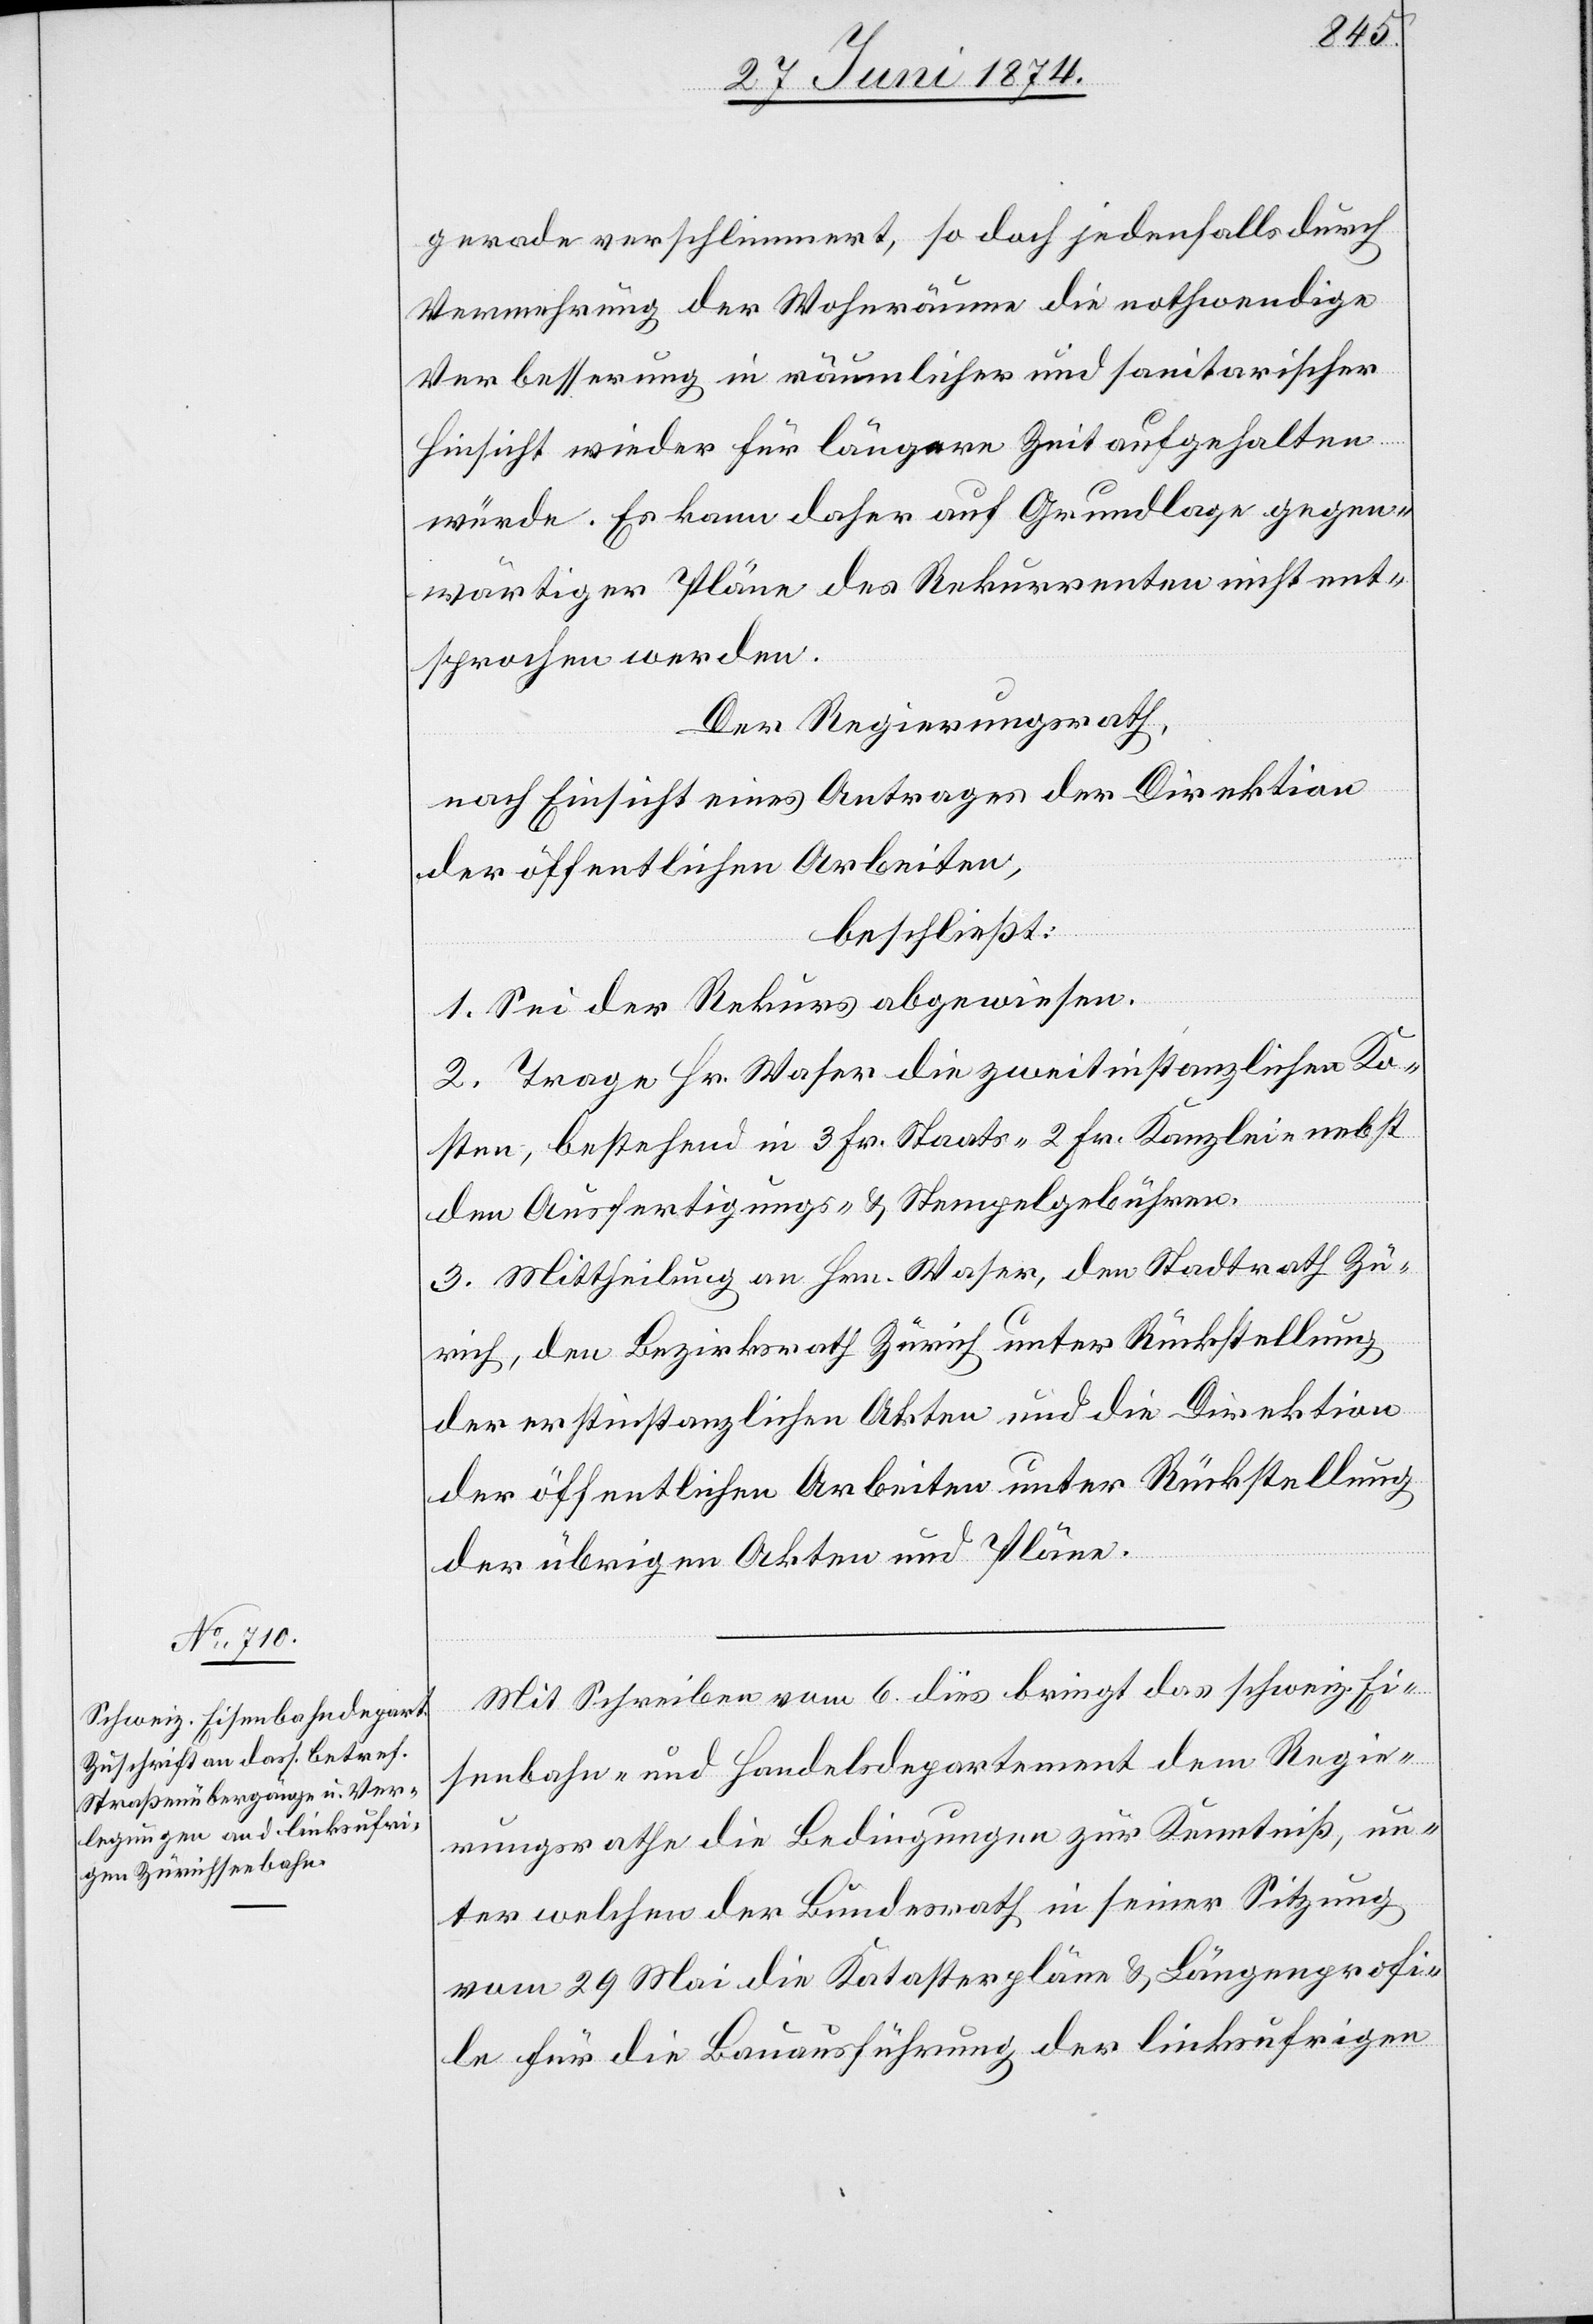
gerade verschlimmert, so doch jedenfalls durch
Vermehrung der Wohnräume die nothwendige
Verbesserung in räumlicher und sanitarischer
Hinsicht wieder für längere Zeit aufgehalten
würde. Es kann daher auf Grundlage gegen¬
wärtiger Pläne dem Rekurrenten nicht ent¬
sprochen werden.
Der Regierungsrath,
nach Einsicht eines Antrages der Direktion
der öffentlichen Arbeiten,
beschließt:
1. Sei der Rekurs abgewiesen.
2. Trage Hr. Waser die zweitinstanzlichen Ko¬
sten, bestehend in 3 Fr. Staats-[,] 2 Fr. Kanzlei[-,] nebst
den Ausfertigungs- u. Stempelgebühren.
3. Mittheilung an Hrn. Waser, den Stadtrath Zü¬
rich, den Bezirksrath Zürich unter Rückstellung
der erstinstanzlichen Akten und die Direktion
der öffentlichen Arbeiten unter Rückstellung
der übrigen Akten und Pläne.
Mit Schreiben vom 6. dies bringt das schweiz. Ei¬
senbahn- und Handelsdepartement dem Regie¬
rungsrathe die Bedingungen zur Kenntniß, un¬
ter welchen der Bundesrath in seiner Sitzung
vom 29. Mai die Katasterpläne u. Längenprofi¬
le für die Bauausführung der linksufrigen